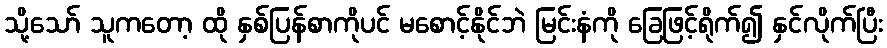
သို့သော် သူကတော့ ထို နှစ်ပြန်စာကိုပင် မစောင့်နိုင်ဘဲ မြင်းနံကို ခြေဖြင့်ရိုက်၍ နှင်လိုက်ပြီး